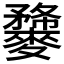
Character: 𪍫